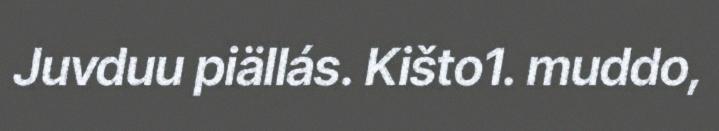
Juvduu piällás. Kišto1. muddo,